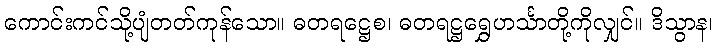
ကောင်းကင်သို့ပျံတတ်ကုန်သော။ ဓတရဋ္ဌေစ၊ ဓတရဋ္ဌရွှေဟင်္သာတို့ကိုလျှင်။ ဒိသွာန၊